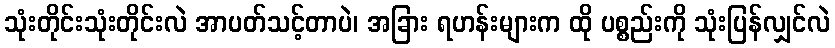
သုံးတိုင်းသုံးတိုင်းလဲ အာပတ်သင့်တာပဲ၊ အခြား ရဟန်းများက ထို ပစ္စည်းကို သုံးပြန်လျှင်လဲ